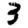
Digit: 3